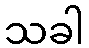
သခါ